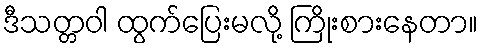
ဒီသတ္တဝါ ထွက်ပြေးမလို့ ကြိုးစားနေတာ။